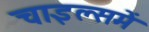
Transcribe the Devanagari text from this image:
चाइल्समें